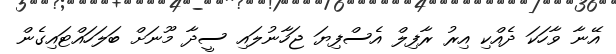
އޭނާ ވާހަކަ ދެއްކި އިރު ރާފިލް އެސްފިޔަ ޖަހާނުލައި ސީދާ މޫނަށް ބަލަހައްޓައިގެން